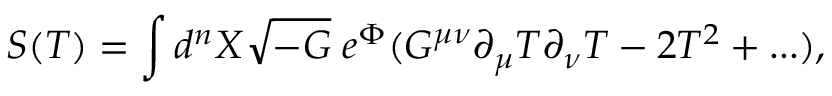
S ( T ) = \int d ^ { n } X \sqrt { - G } \; e ^ { \Phi } ( G ^ { \mu \nu } \partial _ { \mu } T \partial _ { \nu } T - 2 T ^ { 2 } + . . . ) ,